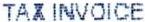
TAX INVOICE